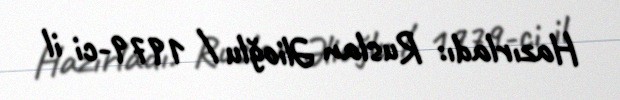
Hazırladı: Ruslan Əlioğlu / 1979-ci il